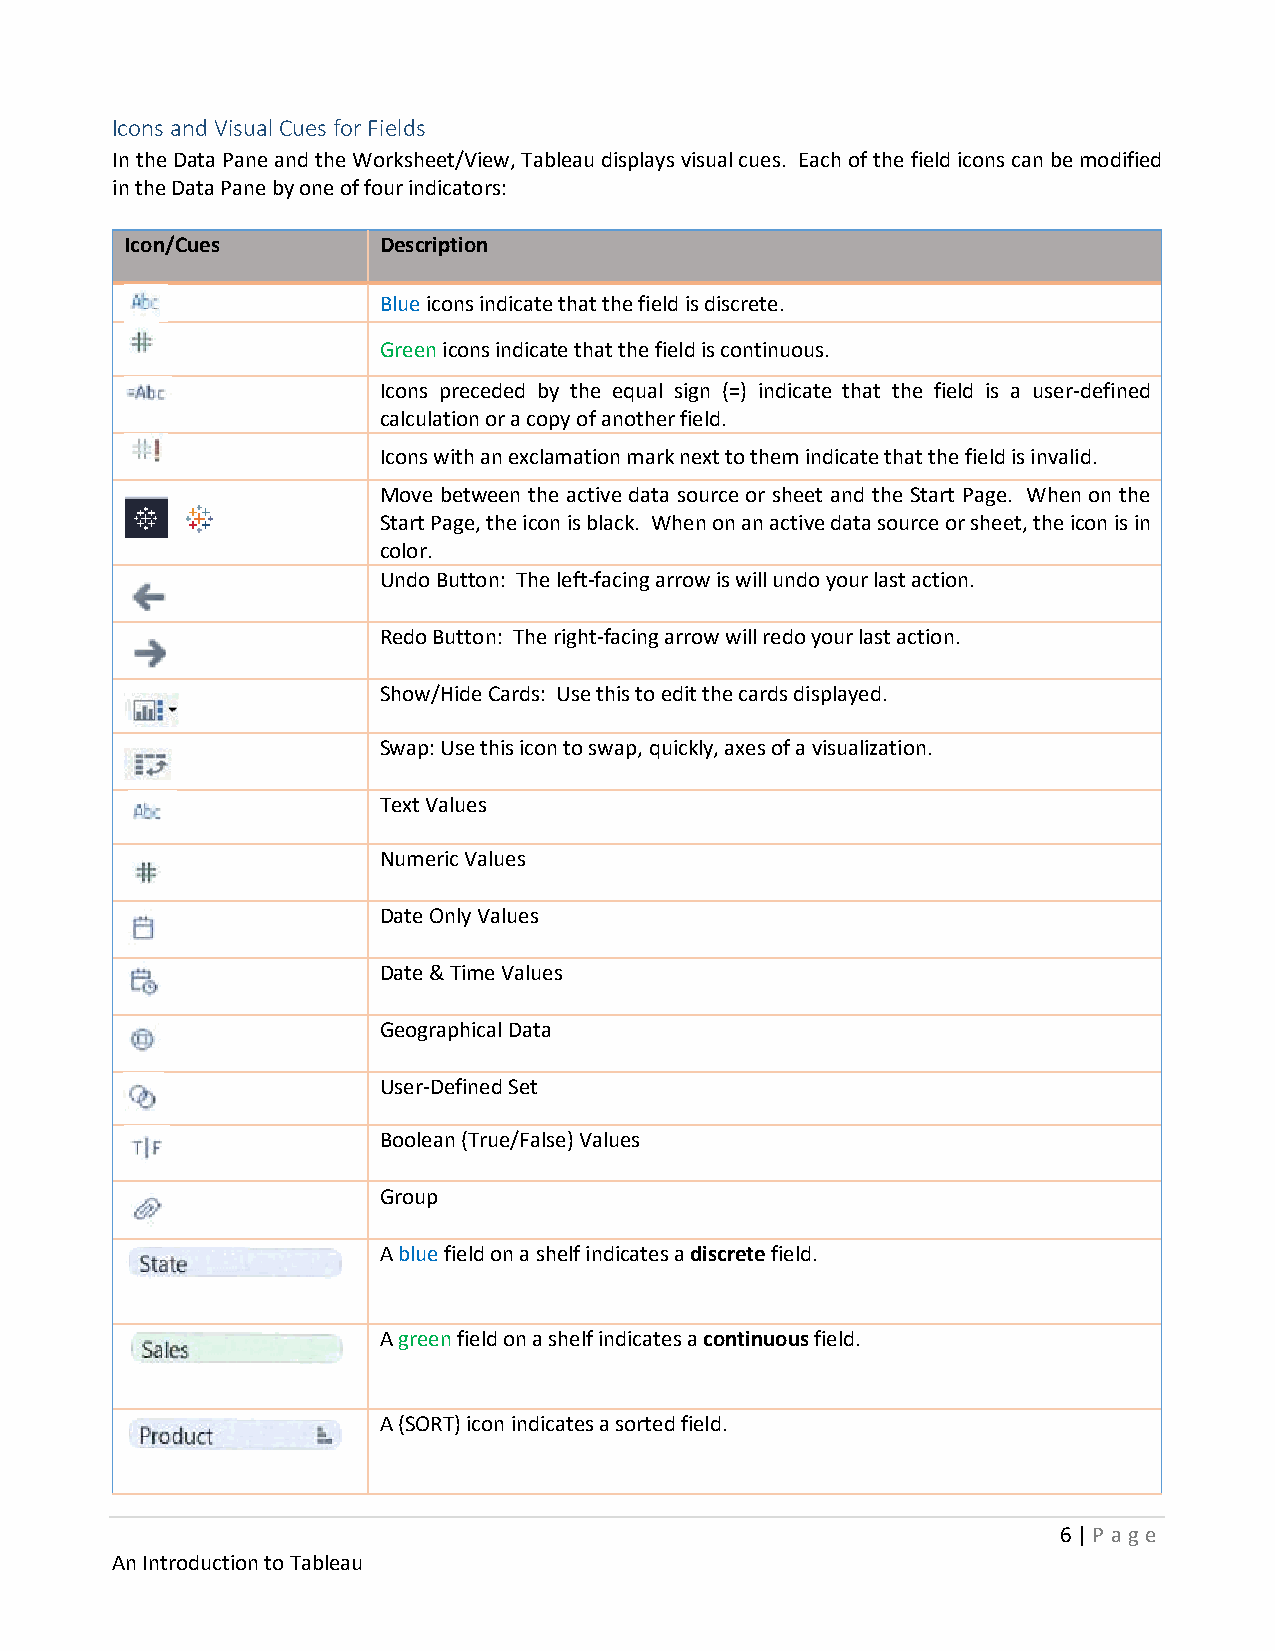
Icons and Visual Cues for Fields
 In the Data Pane and the Worksheet/View, Tableau displays visual cues. Each of the field icons can be modified
 in the Data Pane by one of four indicators:
 Icon/Cues        Description
 Blue icons indicate that the field is discrete.
 Green icons indicate that the field is continuous.
 Icons preceded by the equal sign (=) indicate that the field is a user-defined
 calculation or a copy of another field.
 Icons with an exclamation mark next to them indicate that the field is invalid.
 Move between the active data source or sheet and the Start Page. When on the
 Start Page, the icon is black. When on an active data source or sheet, the icon is in
 color.
 Undo Button: The left-facing arrow is will undo your last action.
 Redo Button: The right-facing arrow will redo your last action.
 Show/Hide Cards: Use this to edit the cards displayed.
 Swap: Use this icon to swap, quickly, axes of a visualization.
 Text Values
 Numeric Values
 Date Only Values
 Date & Time Values
 Geographical Data
 User-Defined Set
 Boolean (True/False) Values
 Group
 A blue field on a shelf indicates a discrete field.
 A green field on a shelf indicates a continuous field.
 A (SORT) icon indicates a sorted field.
 6 | P age
 An Introduction to Tableau